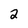
Character: 2